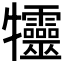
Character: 𤜙